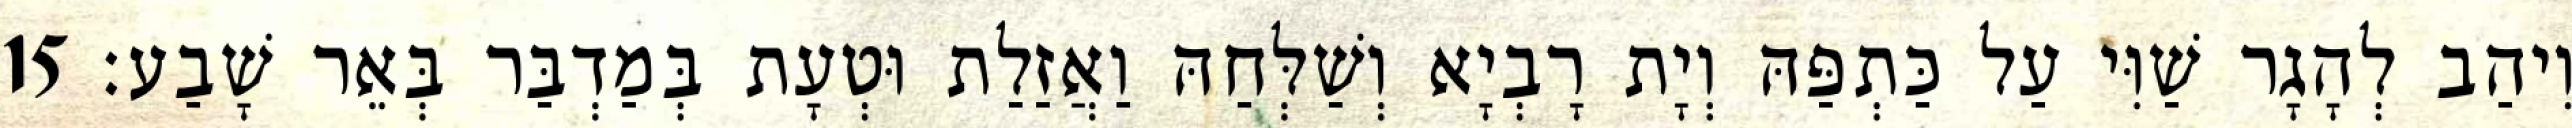
וִיהַב לְהָגָר שַׁוִּי עַל כַּתְפַּהּ וְיָת רָבְיָא וְשַׁלְּחַהּ וַאֲזַלַת וּטְעָת בְּמַדְבַּר בְּאֵר שָׁבַע׃ 15